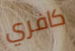
كافري